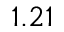
1 . 2 1